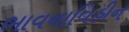
ભાવનાવિહીન